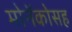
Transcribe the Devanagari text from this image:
मोनॅकोसह